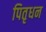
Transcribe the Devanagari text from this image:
पितृधन